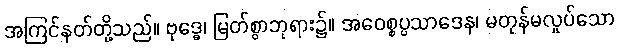
အကြင်နတ်တို့သည်။ ဗုဒ္ဓေ၊ မြတ်စွာဘုရား၌။ အဝေစ္စပ္ပသာဒေန၊ မတုန်မလှုပ်သော